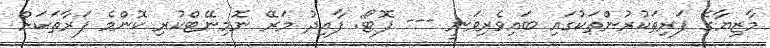
މާޒިޔާގެ ފަރިތަކުރުންތަކުގައި ބައިވެރިވަނީ --- ފޮޓޯ: ފާއިދު މަރޭ ނޮމިނޭޓްކުރި ކޮންމެ ފަރާތަކަށް